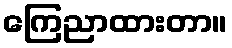
ကြေညာထားတာ။